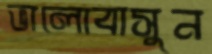
ভালোবাসুন